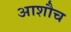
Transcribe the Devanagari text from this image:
आशौच